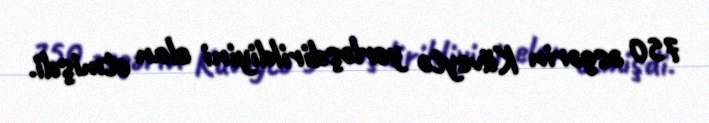
750 əsgərin Küveytə yerləşdirildiyini elan etmişdi.